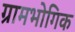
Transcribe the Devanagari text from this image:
ग्रामभोगिक